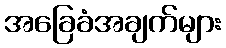
အခြေခံအချက်များ